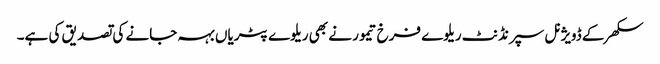
سکھر کے ڈویژنل سپرنڈنٹ ریلوے فرخ تیمور نے بھی ریلوے پٹریاں بہہ جانے کی تصدیق کی ہے۔